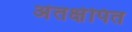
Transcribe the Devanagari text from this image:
अंतक्षेपित